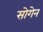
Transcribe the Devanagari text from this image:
सोगेन